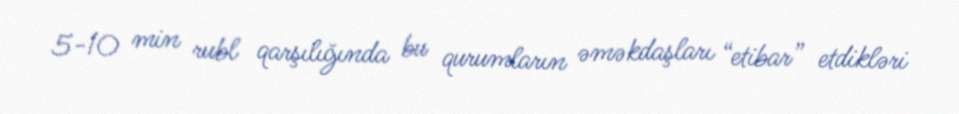
5-10 min rubl qarşılığında bu qurumların əməkdaşları “etibar” etdikləri